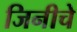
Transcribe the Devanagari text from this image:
जिनीचे